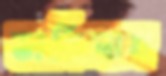
ভাবিলাম